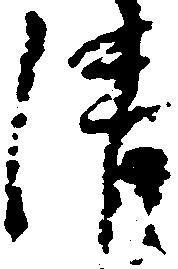
請